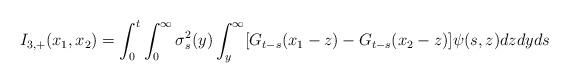
LaTeX: \begin{align*} I_{3,+} (x_1, x_2)= \int_0^t \int_0 ^\infty \sigma^2_s(y)\int_y ^\infty[G_{t-s}(x_1-z)- G_{t-s}(x_2-z)] \psi(s,z) dz dyds \end{align*}